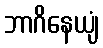
ဘာဂိနေယျံ